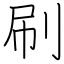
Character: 刷